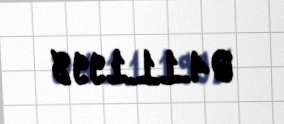
04.11.1998